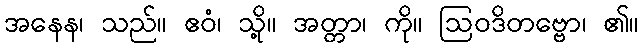
အနေန၊ သည်။ ဧဝံ၊ သို့။ အတ္တာ၊ ကို။ ဩဝဒိတဗ္ဗော၊ ၏။